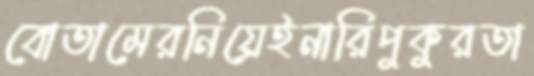
বোতামেরনিয়েইনারিপুকুরতা